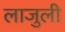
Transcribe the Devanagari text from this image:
लाजुली